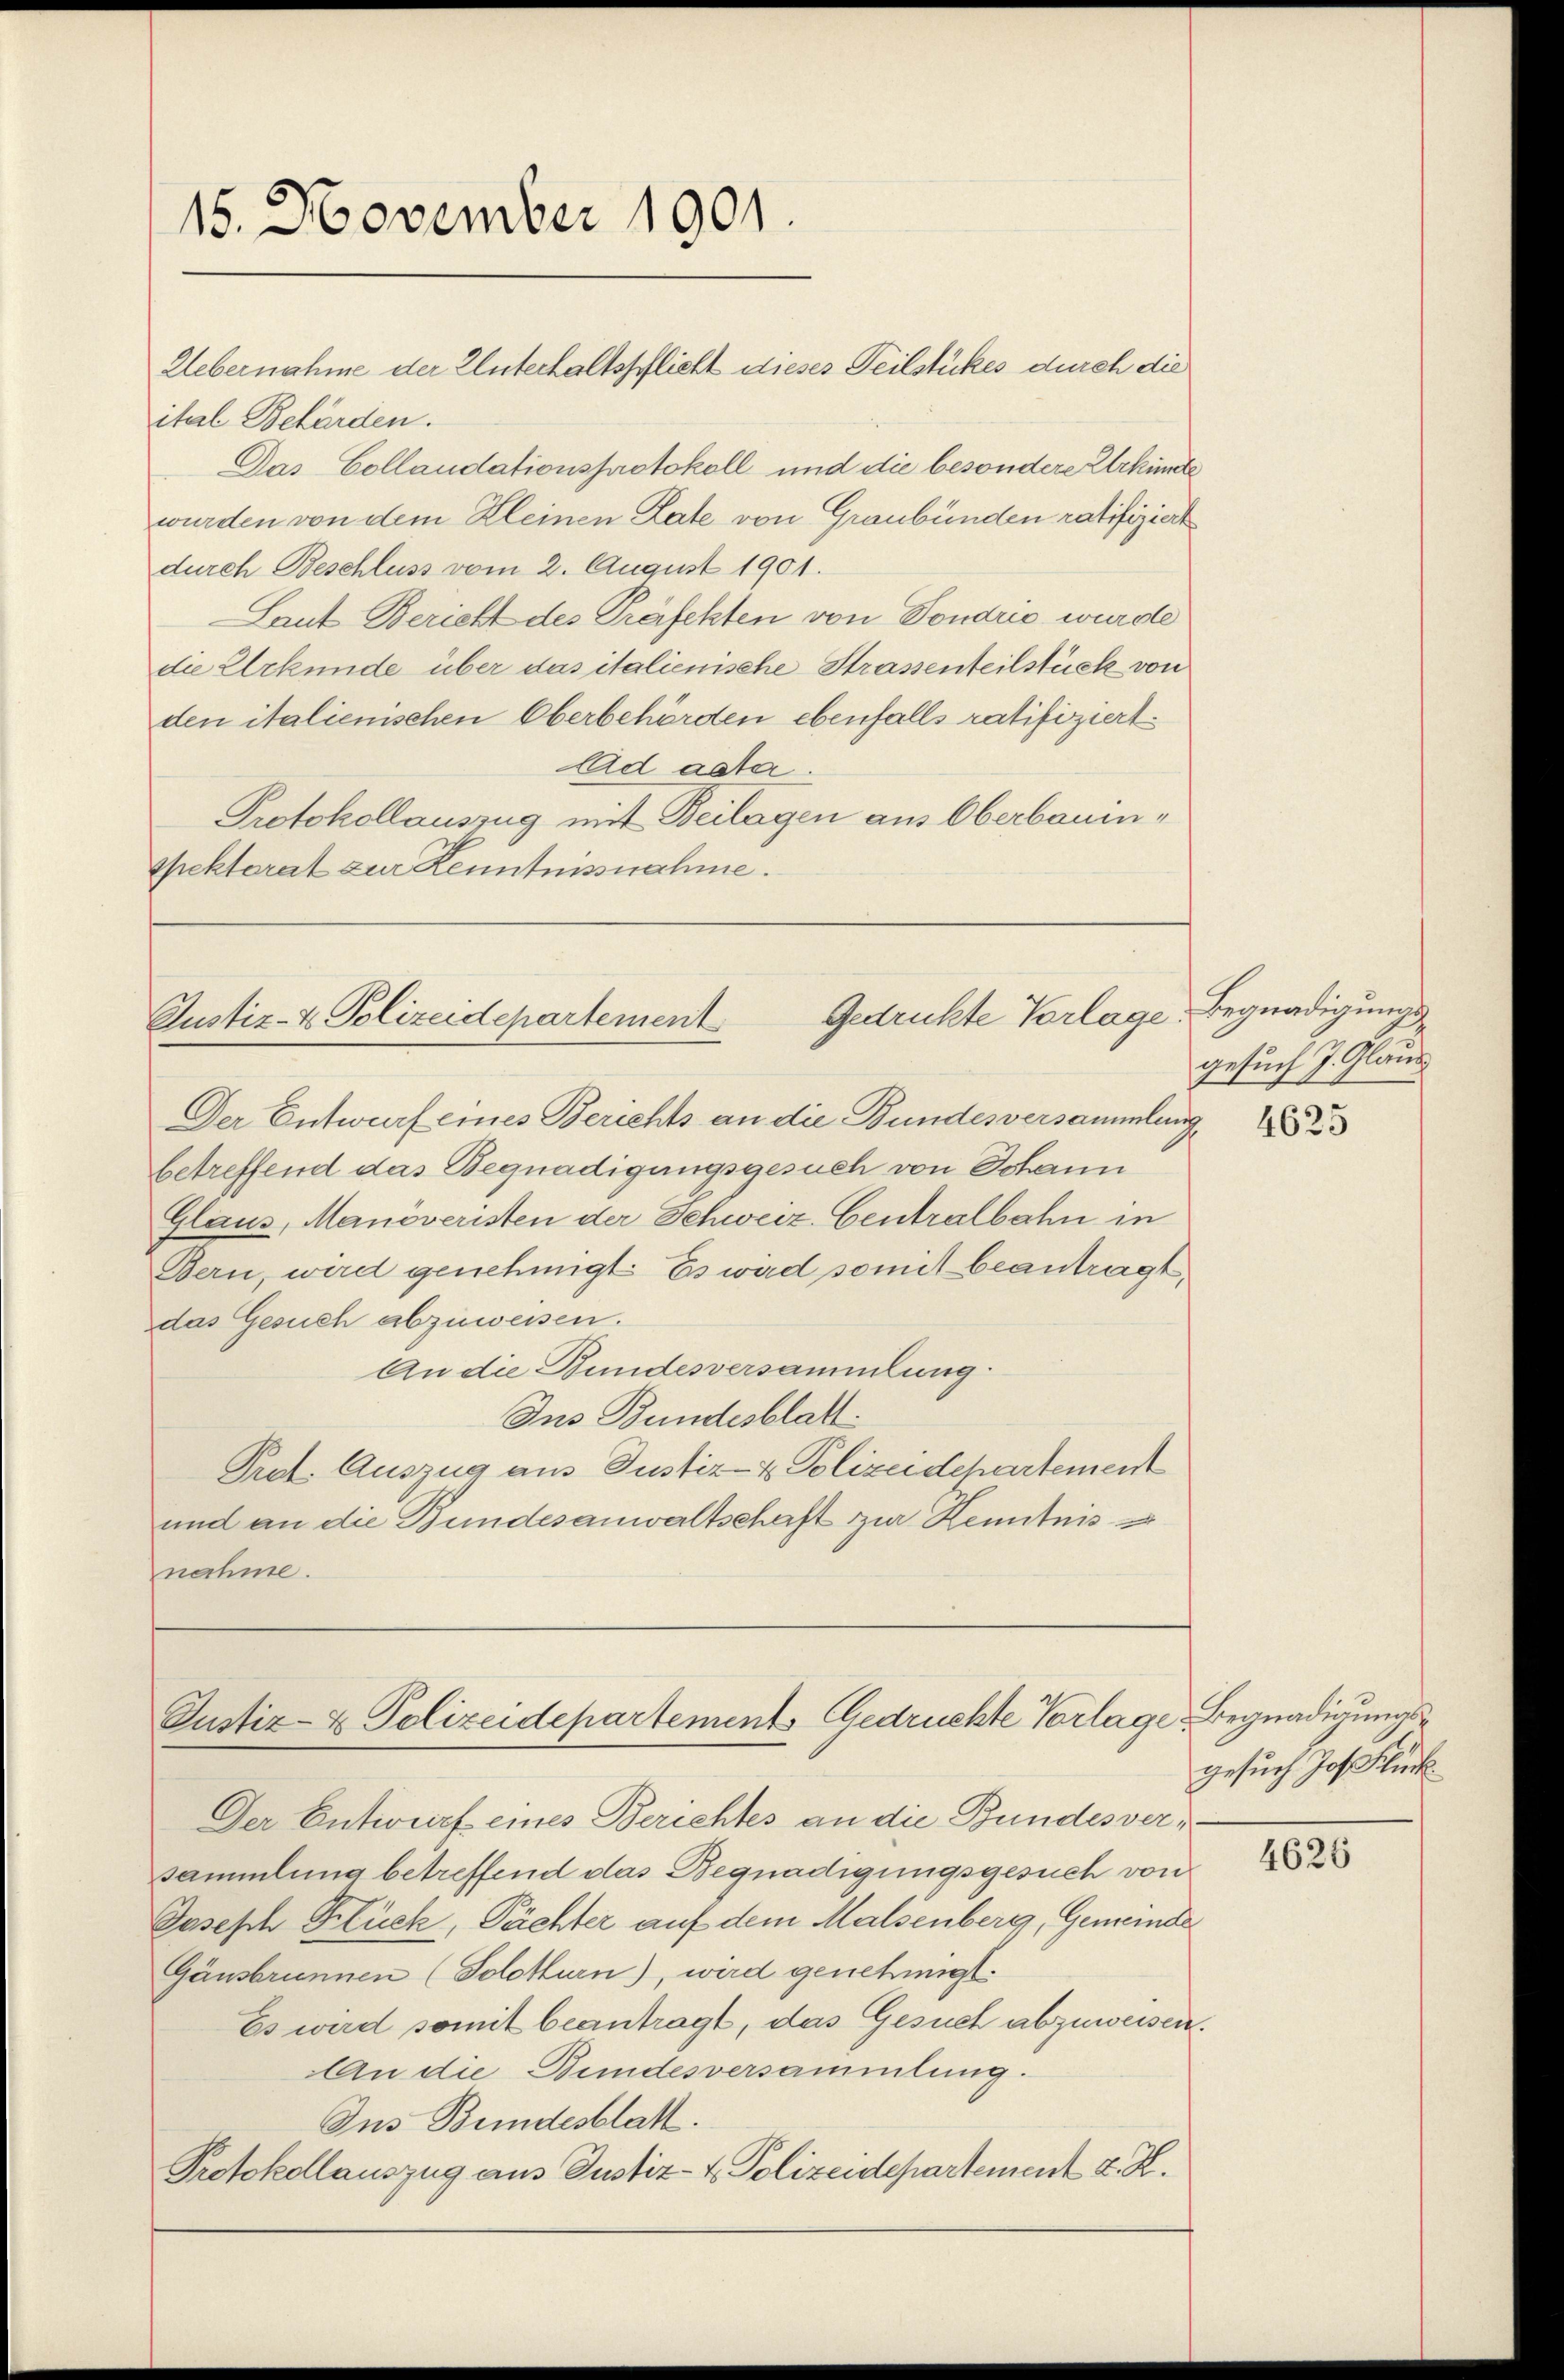
15. November 1901.

ital Behörden.
Das Collaudationsprotokoll und die besondere Urkunde
wurden von dem Kleinen Late von Graubünden ratifiziert
durch Beschluss vom 2. August 1901.
Laut Bericht des Präfekten von Tondrić wurde
die Urkunde über das italienische Strassenteilstück von
den italienischen Oberbehörden ebenfalls ratifiziert.
lad acta.
Protokollauszug mit Beilagen aus Oberbauinspektorat zur Kenntnissnahme.

Uebernahme der Unterhaltspflicht dieses Teilstückes durch die

Gedrückte Vorlage. Begnadigungs¬
Justiz- & Polizeidepartement

Der Entwurf eines Berichts an die Bundesversammlung
betreffend das Begnadigungsgesuch von Johann
Glaus, Manöveristen der Schweiz. Centralbahn in
Bern, wird genehmigt. Es wird somit beantragt,
das Gesuch abzuweisen.
An die Bundesversammlung
Ins Bundesblatt.
Prat. Auszug aus Justiz- & Polizeidepartement
und an die Bundesanwaltschaft zur Kenntnis
nahme.

Justiz- & Polizeidepartements Gedrückte Vorlage Begnadigungs¬

Der Entwurf eines Berichtes an die Bundesversammlung betreffend das Begnadigungsgesuch von
Joseph Flück, Pächter auf dem Malsenberg, Gemeinde
Gänsbrunnen (Solothurn), wird genehmigt
Es wird somit beantragt, das Gesuch abzuweisen.
An die Bundesversammlung.
Ius Bundesblatt.
Protokollauszug aus Justiz- & Polizeidepartement z. R.

gesuch J. Glaud

4625

gesuch Jos. Glück

1020